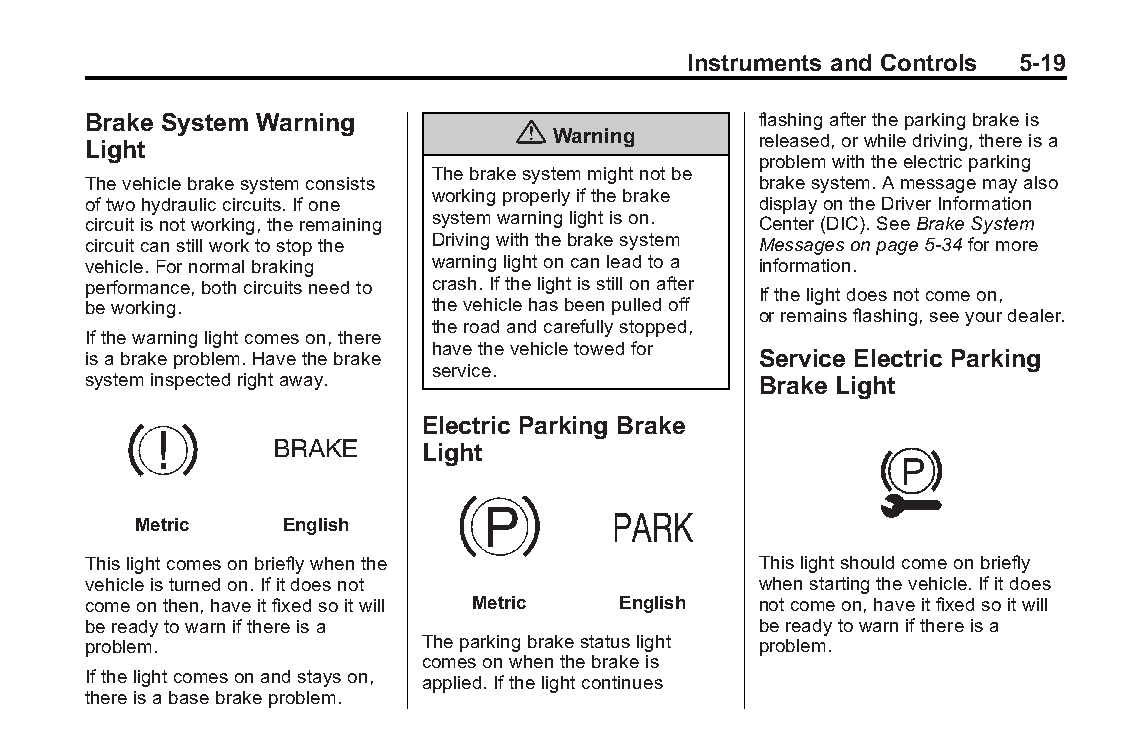
Buick LaCrosse Owner Manual (GMNA-Localizing-U.S./Canada/Mexico- Blackplate(19,1)
 6043609)-2014-2ndEdition-10/17/13
 Instruments and Controls 5-19
 Brake System Warning                         flashingaftertheparkingbrakeis
 {
 Warning       released,orwhiledriving,thereisa
 Light
 problemwiththeelectricparking
 Thebrakesystemmightnotbe
 Thevehiclebrakesystemconsists                brakesystem.Amessagemayalso
 workingproperlyifthebrake
 oftwohydrauliccircuits.Ifone                 displayontheDriverInformation
 circuitisnotworking,theremaining systemwarninglightison. Center(DIC).SeeBrakeSystem
 circuitcanstillworktostopthe Drivingwiththebrakesystem Messagesonpage5-34formore
 vehicle.Fornormalbraking warninglightoncanleadtoa information.
 performance,bothcircuitsneedto crash.Ifthelightisstillonafter
 Ifthelightdoesnotcomeon,
 beworking.             thevehiclehasbeenpulledoff
 orremainsflashing,seeyourdealer.
 theroadandcarefullystopped,
 Ifthewarninglightcomeson,there
 havethevehicletowedfor
 isabrakeproblem.Havethebrake                 Service Electric Parking
 service.
 systeminspectedrightaway.                    Brake Light
 Electric Parking Brake
 Light
 Metric   English
 Thislightcomesonbrieflywhenthe               Thislightshouldcomeonbriefly
 vehicleisturnedon.Ifitdoesnot                whenstartingthevehicle.Ifitdoes
 comeonthen,haveitfixedsoitwill Metric English notcomeon,haveitfixedsoitwill
 bereadytowarnifthereisa                      bereadytowarnifthereisa
 problem.               Theparkingbrakestatuslight problem.
 comesonwhenthebrakeis
 Ifthelightcomesonandstayson, applied.Ifthelightcontinues
 thereisabasebrakeproblem.